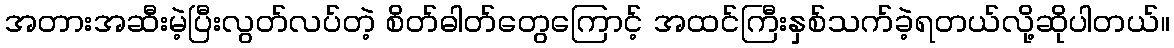
အတားအဆီးမဲ့ပြီးလွတ်လပ်တဲ့ စိတ်ဓါတ်တွေကြောင့် အထင်ကြီးနှစ်သက်ခဲ့ရတယ်လို့ဆိုပါတယ်။